65_HS1-834228961_62-HQ-83894_Section_8
Agency: FBI
Page 56
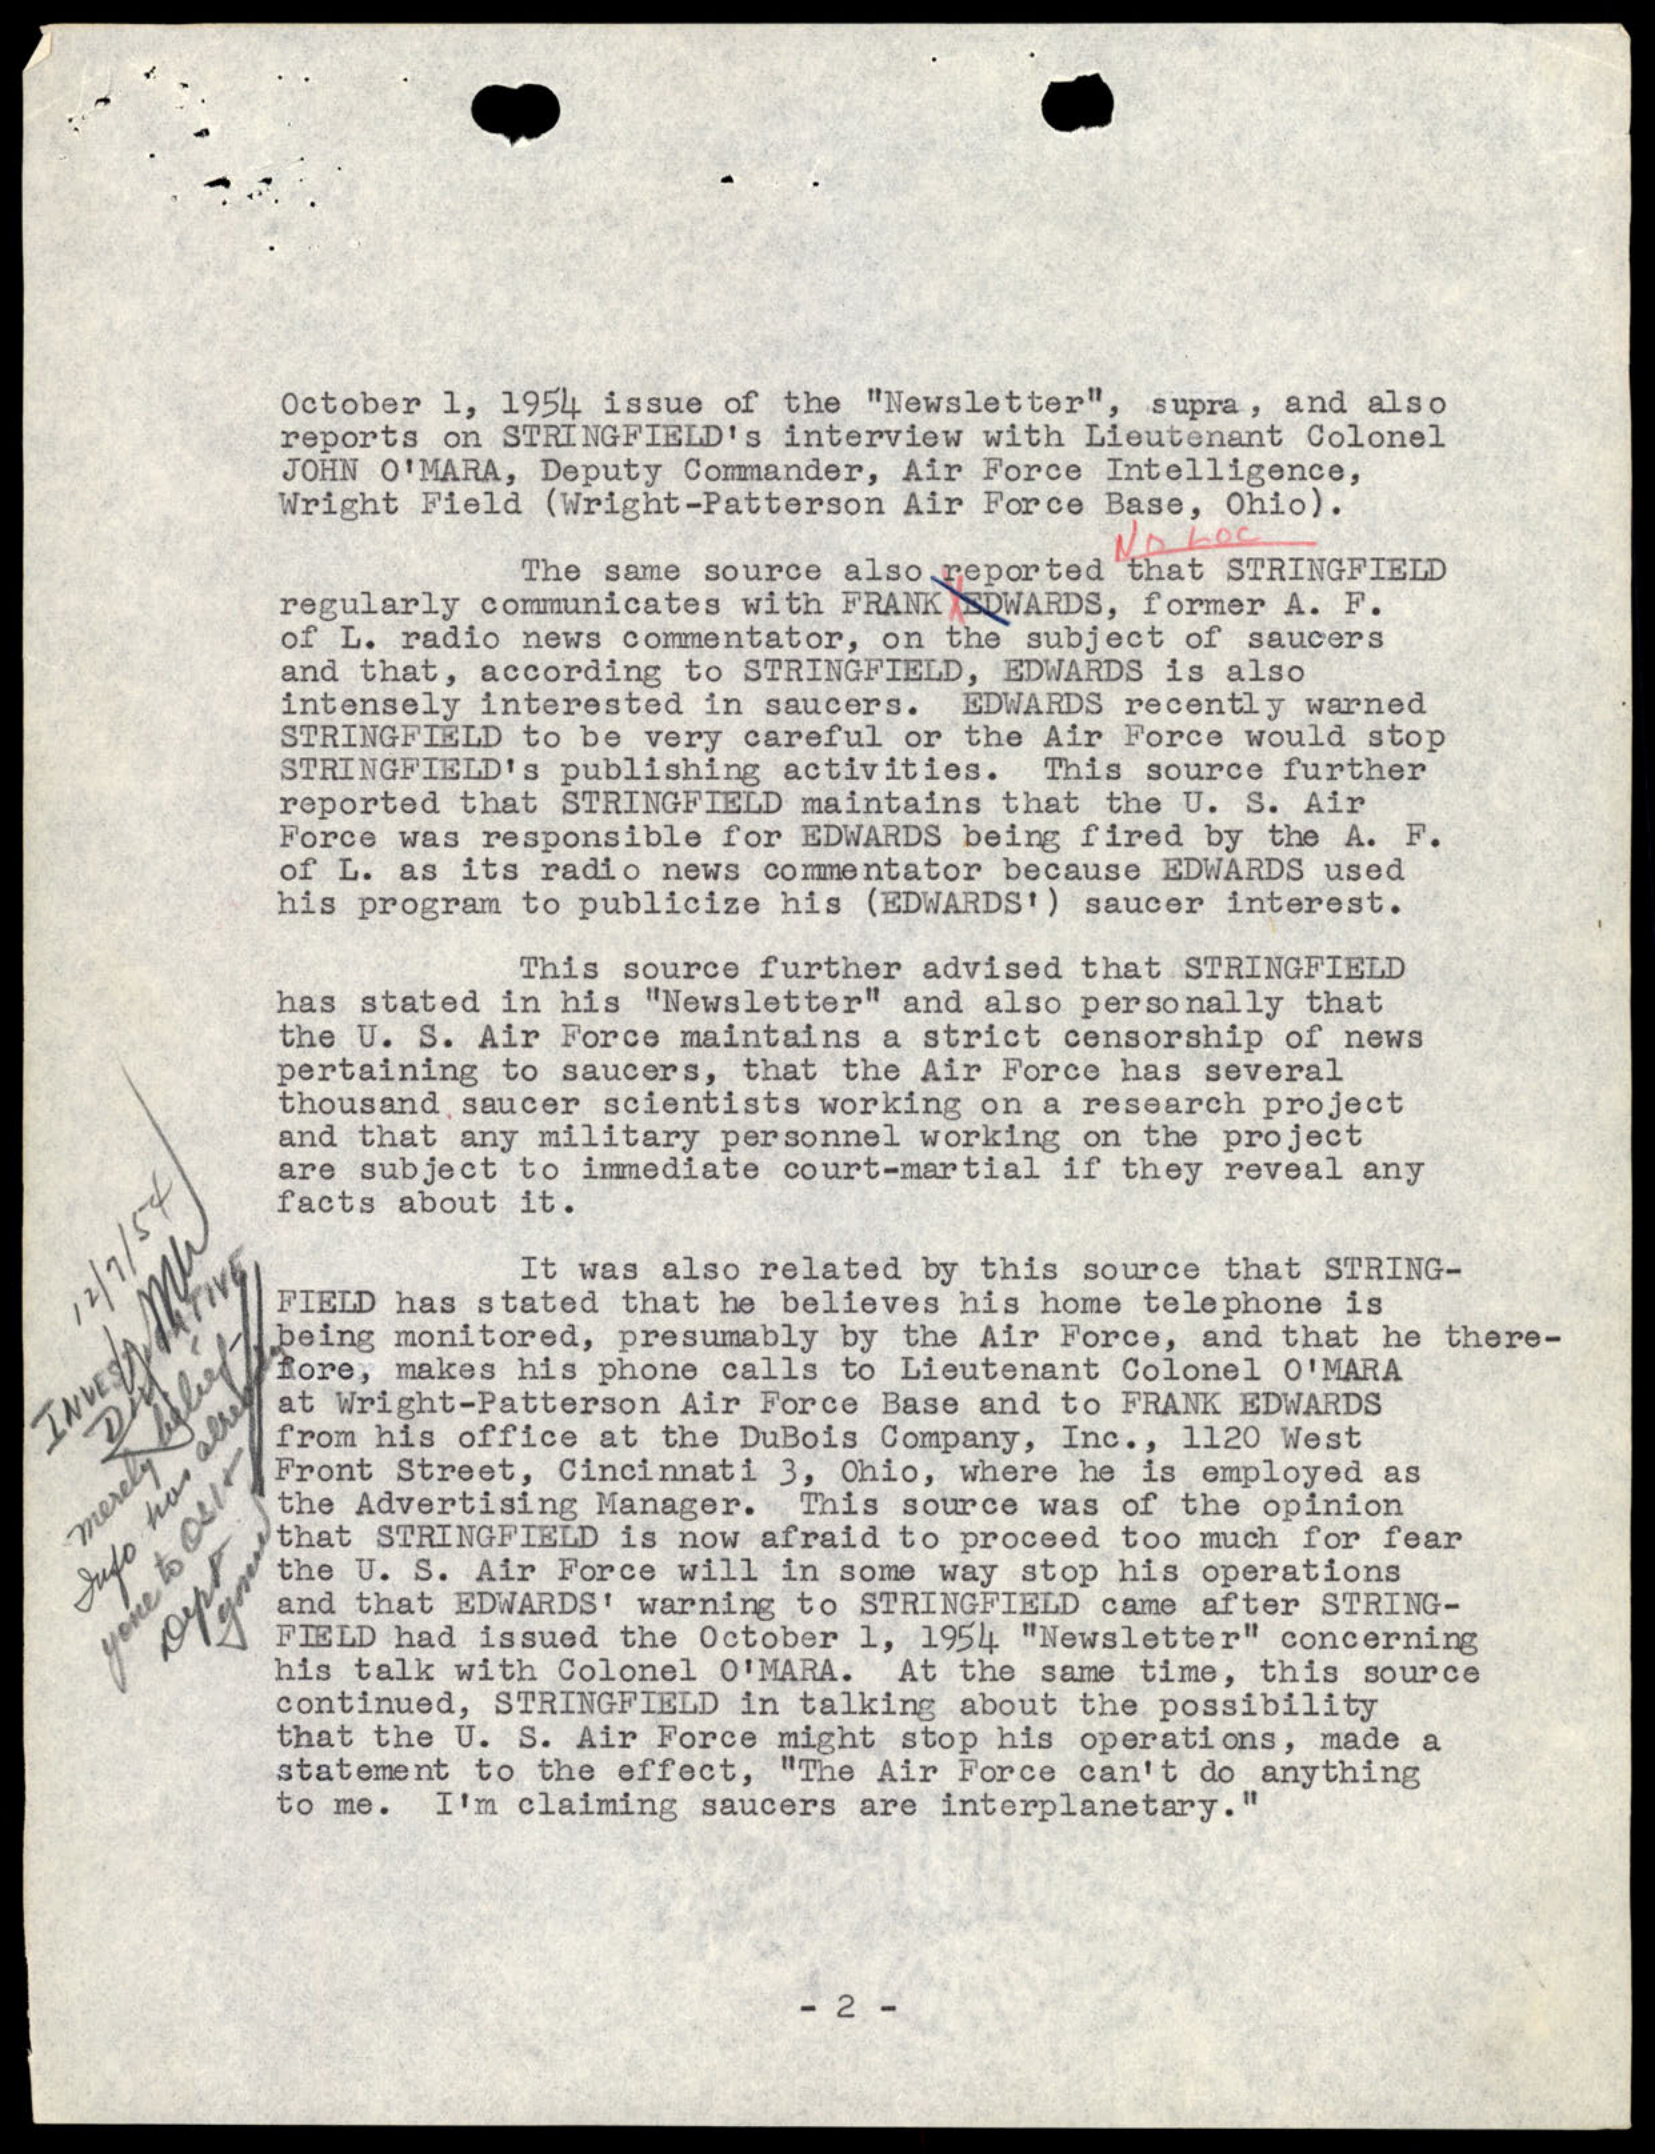